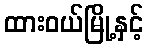
ထားဝယ်မြို့နှင့်